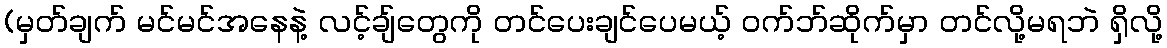
(မှတ်ချက် မင်မင်အနေနဲ့ လင့်ချ်တွေကို တင်ပေးချင်ပေမယ့် ဝက်ဘ်ဆိုက်မှာ တင်လို့မရဘဲ ရှိလို့